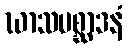
ဃာသမစ္ဆာဒနံ